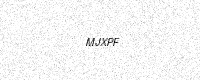
Text: MJXPF